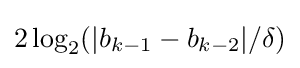
2\log _{2}(|b_{k-1}-b_{k-2}|/\delta )